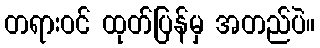
တရားဝင် ထုတ်ပြန်မှ အတည်ပဲ။